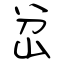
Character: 岔